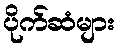
ပိုက်ဆံများ